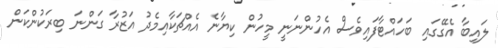
ލައިބާ އެގޭގައި ބަހައްޓާފައިވެސް އެހުންނަނީ މީހުން ކިޔާނެ އެއްޗަކާއިމެދު އަޒުރާ ގަންނަ ބިރަކުންކަން